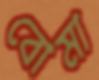
বোমা